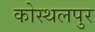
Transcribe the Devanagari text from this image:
कोस्थलपुर